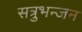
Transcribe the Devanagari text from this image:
सत्रुभन्जन